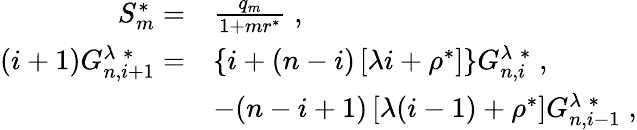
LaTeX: \begin{array}{rl}{S_{m}^{*}=}&{\frac{q_{m}}{1+mr^{*}}\; ,}\\ {(i+1)G_{n,i+1}^{\lambda\; *}=}&{\lbrace i+(n-i)\left[\lambda i+\rho^{*}\right]\rbrace G_{n,i}^{\lambda\; *}\; ,}\\ &{-(n-i+1)\left[\lambda(i-1)+\rho^{*}\right]G_{n,i-1}^{\lambda\; *}\; ,}\end{array}